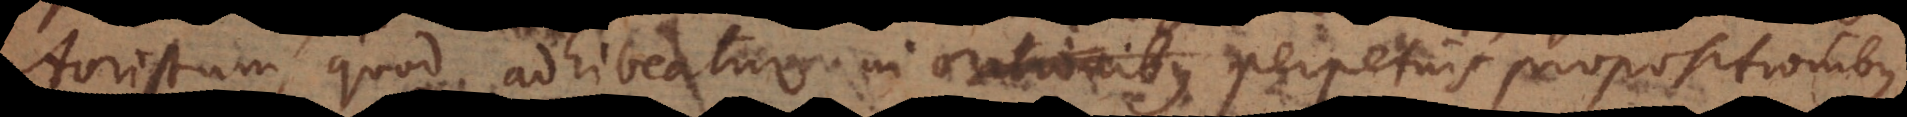
Aoristum, quod adhibeatur in orationibus perpetuis propositionibus